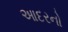
આદરનો